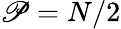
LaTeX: \mathscr{P}=N/2